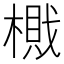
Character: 𰘛